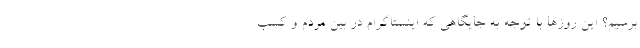
برسیم؟ این روزها با توجه به جایگاهی که اینستاگرام در بین مردم و کسب